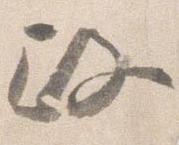
政